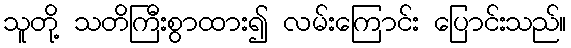
သူတို့ သတိကြီးစွာထား၍ လမ်းကြောင်း ပြောင်းသည်။